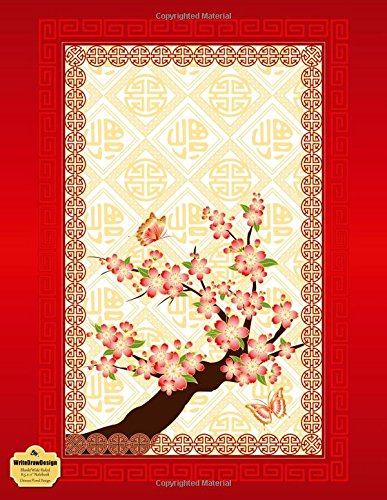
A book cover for WriteDrawDesign Notebook, Blank/Wide Ruled, 8.5 x 11", Chinese Floral Design (Floral Collection); WriteDrawDesign; Business & Money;